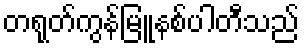
တရုတ်ကွန်မြူနစ်ပါတီသည်